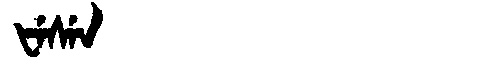
Manchu: ᡶᡝᠰᡝᠨ
Romanization: FESEN